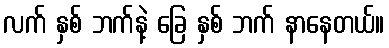
လက် နှစ် ဘက်နဲ့ ခြေ နှစ် ဘက် နာနေတယ်။